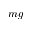
m g